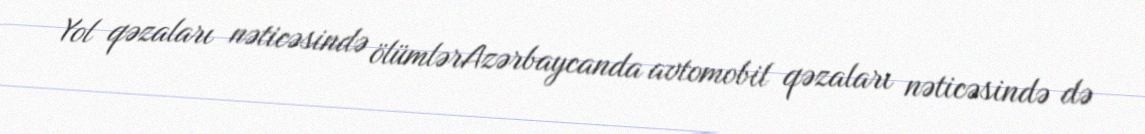
Yol qəzaları nəticəsində ölümlərAzərbaycanda avtomobil qəzaları nəticəsində də